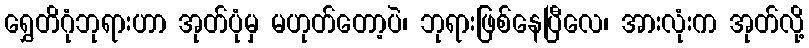
ရွှေတိဂုံဘုရားဟာ အုတ်ပုံမှ မဟုတ်တော့ပဲ၊ ဘုရားဖြစ်နေပြီလေ၊ အားလုံးက အုတ်လို့